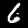
Digit: 6